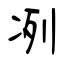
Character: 冽